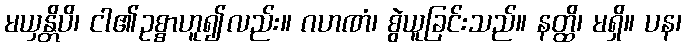
မယှန္တိပိ၊ ငါ၏ဥစ္စာဟူ၍လည်း။ ဂဟဏံ၊ စွဲယူခြင်းသည်။ နတ္ထိ၊ မရှိ။ ပန၊